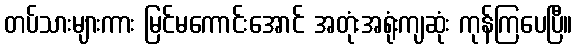
တပ်သားများကား မြင်မကောင်းအောင် အတုံးအရုံးကျဆုံး ကုန်ကြပေပြီ။